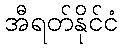
အီရတ်နိုင်ငံ